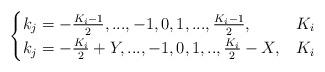
LaTeX: \begin{align*} \begin{cases}k_j=-\frac{K_i-1}{2},...,-1,0,1,...,\frac{K_i-1}{2},& K_i \\k_j=-\frac{K_i}{2}+Y,...,-1,0,1,..,\frac{K_i}{2}-X,& K_i \\\end{cases}\end{align*}